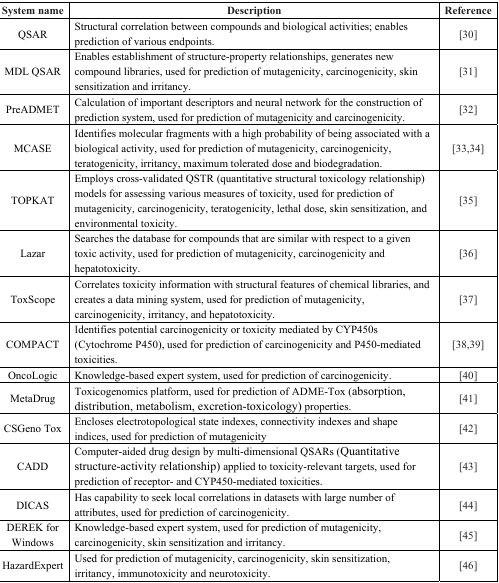
<table><thead><tr><td><b>System name</b></td><td><b>Description</b></td><td><b>Reference</b></td></tr></thead><tbody><tr><td>QSAR</td><td>Structural correlation between compounds and biological activities; enables prediction of various endpoints.</td><td>[30]</td></tr><tr><td>MDL QSAR</td><td>Enables establishment of structure-property relationships, generates new compound libraries, used for prediction of mutagenicity, carcinogenicity, skin sensitization and irritancy.</td><td>[31]</td></tr><tr><td>PreADMET</td><td>Calculation of important descriptors and neural network for the construction of prediction system, used for prediction of mutagenicity and carcinogenicity.</td><td>[32]</td></tr><tr><td>MCASE</td><td>Identifies molecular fragments with a high probability of being associated with a biological activity, used for prediction of mutagenicity, carcinogenicity, teratogenicity, irritancy, maximum tolerated dose and biodegradation.</td><td>[33,34]</td></tr><tr><td>TOPKAT</td><td>Employs cross-validated QSTR (quantitative structural toxicology relationship) models for assessing various measures of toxicity, used for prediction of mutagenicity, carcinogenicity, teratogenicity, lethal dose, skin sensitization, and environmental toxicity.</td><td>[35]</td></tr><tr><td>Lazar</td><td>Searches the database for compounds that are similar with respect to a given toxic activity, used for prediction of mutagenicity, carcinogenicity and hepatotoxicity.</td><td>[36]</td></tr><tr><td>ToxScope</td><td>Correlates toxicity information with structural features of chemical libraries, and creates a data mining system, used for prediction of mutagenicity, carcinogenicity, irritancy, and hepatotoxicity.</td><td>[37]</td></tr><tr><td>COMPACT</td><td>Identifies potential carcinogenicity or toxicity mediated by CYP450s (Cytochrome P450), used for prediction of carcinogenicity and P450-mediated toxicities.</td><td>[38,39]</td></tr><tr><td>OncoLogic</td><td>Knowledge-based expert system, used for prediction of carcinogenicity.</td><td>[40]</td></tr><tr><td>MetaDrug</td><td>Toxicogenomics platform, used for prediction of ADME-Tox (absorption, distribution, metabolism, excretion-toxicology) properties.</td><td>[41]</td></tr><tr><td>CSGeno Tox</td><td>Encloses electrotopological state indexes, connectivity indexes and shape indices, used for prediction of mutagenicity</td><td>[42]</td></tr><tr><td>CADD</td><td>Computer-aided drug design by multi-dimensional QSARs (Quantitative structure-activity relationship) applied to toxicity-relevant targets, used for prediction of receptor- and CYP450-mediated toxicities.</td><td>[43]</td></tr><tr><td>DICAS</td><td>Has capability to seek local correlations in datasets with large number of attributes, used for prediction of carcinogenicity.</td><td>[44]</td></tr><tr><td>DEREK for Windows</td><td>Knowledge-based expert system, used for prediction of mutagenicity, carcinogenicity, skin sensitization and irritancy.</td><td>[45]</td></tr><tr><td>HazardExpert</td><td>Used for prediction of mutagenicity, carcinogenicity, skin sensitization, irritancy, immunotoxicity and neurotoxicity.</td><td>[46]</td></tr></tbody></table>